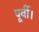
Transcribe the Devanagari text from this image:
पूर्वी।